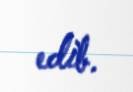
edib.